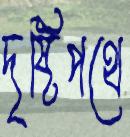
দৃষ্টিপথে